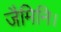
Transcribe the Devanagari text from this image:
जैमिनि।